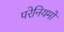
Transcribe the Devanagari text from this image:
परेनियमों